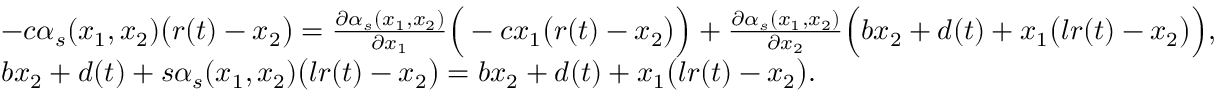
\begin{array} { r l } & { - c \alpha _ { s } ( x _ { 1 } , x _ { 2 } ) \big ( r ( t ) - x _ { 2 } \big ) = \frac { \partial \alpha _ { s } ( x _ { 1 } , x _ { 2 } ) } { \partial x _ { 1 } } \Big ( - c x _ { 1 } \big ( r ( t ) - x _ { 2 } \big ) \Big ) + \frac { \partial \alpha _ { s } ( x _ { 1 } , x _ { 2 } ) } { \partial x _ { 2 } } \Big ( b x _ { 2 } + d ( t ) + x _ { 1 } \big ( l r ( t ) - x _ { 2 } \big ) \Big ) , } \\ & { b x _ { 2 } + d ( t ) + s \alpha _ { s } ( x _ { 1 } , x _ { 2 } ) \big ( l r ( t ) - x _ { 2 } \big ) = b x _ { 2 } + d ( t ) + x _ { 1 } \big ( l r ( t ) - x _ { 2 } \big ) . } \end{array}